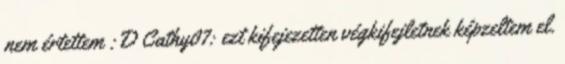
nem értettem :D Cathy07: ezt kifejezetten végkifejletnek képzeltem el.